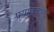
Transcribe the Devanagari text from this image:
प्रयाणकालीं